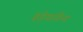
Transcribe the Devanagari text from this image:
इहेमामिन्द्र